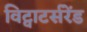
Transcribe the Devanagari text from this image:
विट्वाटर्सरेंड